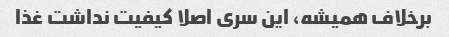
برخلاف همیشه، این سری اصلا کیفیت نداشت غذا